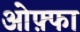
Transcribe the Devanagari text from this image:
ओफ़्फा